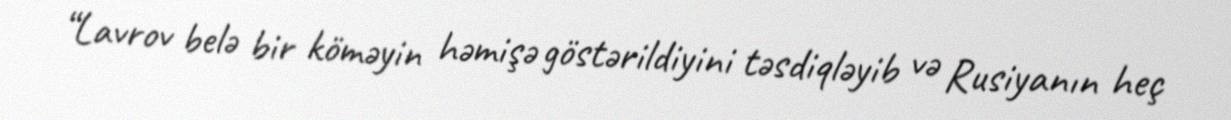
“Lavrov belə bir köməyin həmişə göstərildiyini təsdiqləyib və Rusiyanın heç